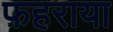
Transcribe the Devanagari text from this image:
फ़हराया